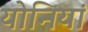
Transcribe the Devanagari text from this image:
योनियां